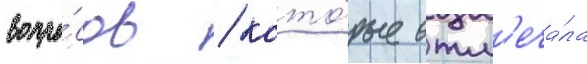
вопро́сов / кото́рые отм'еча́ла